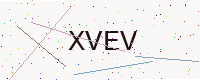
Text: XVEV